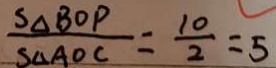
\frac { S _ { \Delta B O P } } { S _ { \Delta A O C } } = \frac { 1 0 } { 2 } = 5